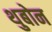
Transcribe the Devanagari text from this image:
थुबोन